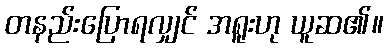
တနည်းပြောရလျှင် အရူးဟု ယူဆ၏။